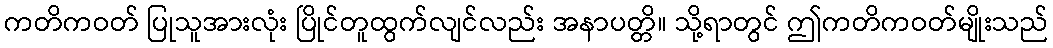
ကတိကဝတ် ပြုသူအားလုံး ပြိုင်တူထွက်လျင်လည်း အနာပတ္တိ။ သို့ရာတွင် ဤကတိကဝတ်မျိုးသည်